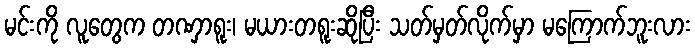
မင်းကို လူတွေက တဏှာရူး၊ မယားတရူးဆိုပြီး သတ်မှတ်လိုက်မှာ မကြောက်ဘူးလား